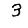
Digit: 3